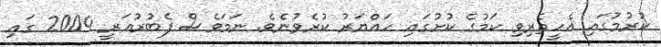
ކުރުމުގައި އެހީތެރިވި ކަމުގެ ކުށުގައި ހައްޔަރު ކުރެވުނެވެ. ނަމަވެސް ފެބުރުއަރީ 2004 ގައި